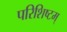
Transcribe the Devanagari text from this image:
परिशिष्टम्